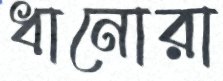
ধানোরা